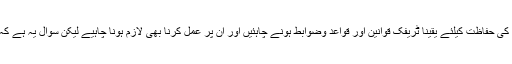
شہریوں کے تحفظ اور ان کی جان کی حفاظت کیلئے یقینا ٹریفک قوانین اور قواعد وضوابط ہونے چاہئیں اور ان پر عمل کرنا بھی لازم ہونا چاہیے لیکن سوال یہ ہے کہ ان کا اطلاق سب پر ہونا چاہئیے ۔